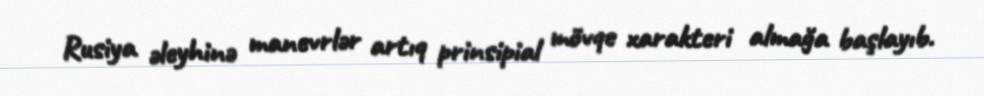
Rusiya əleyhinə manevrlər artıq prinsipial mövqe xarakteri almağa başlayıb.